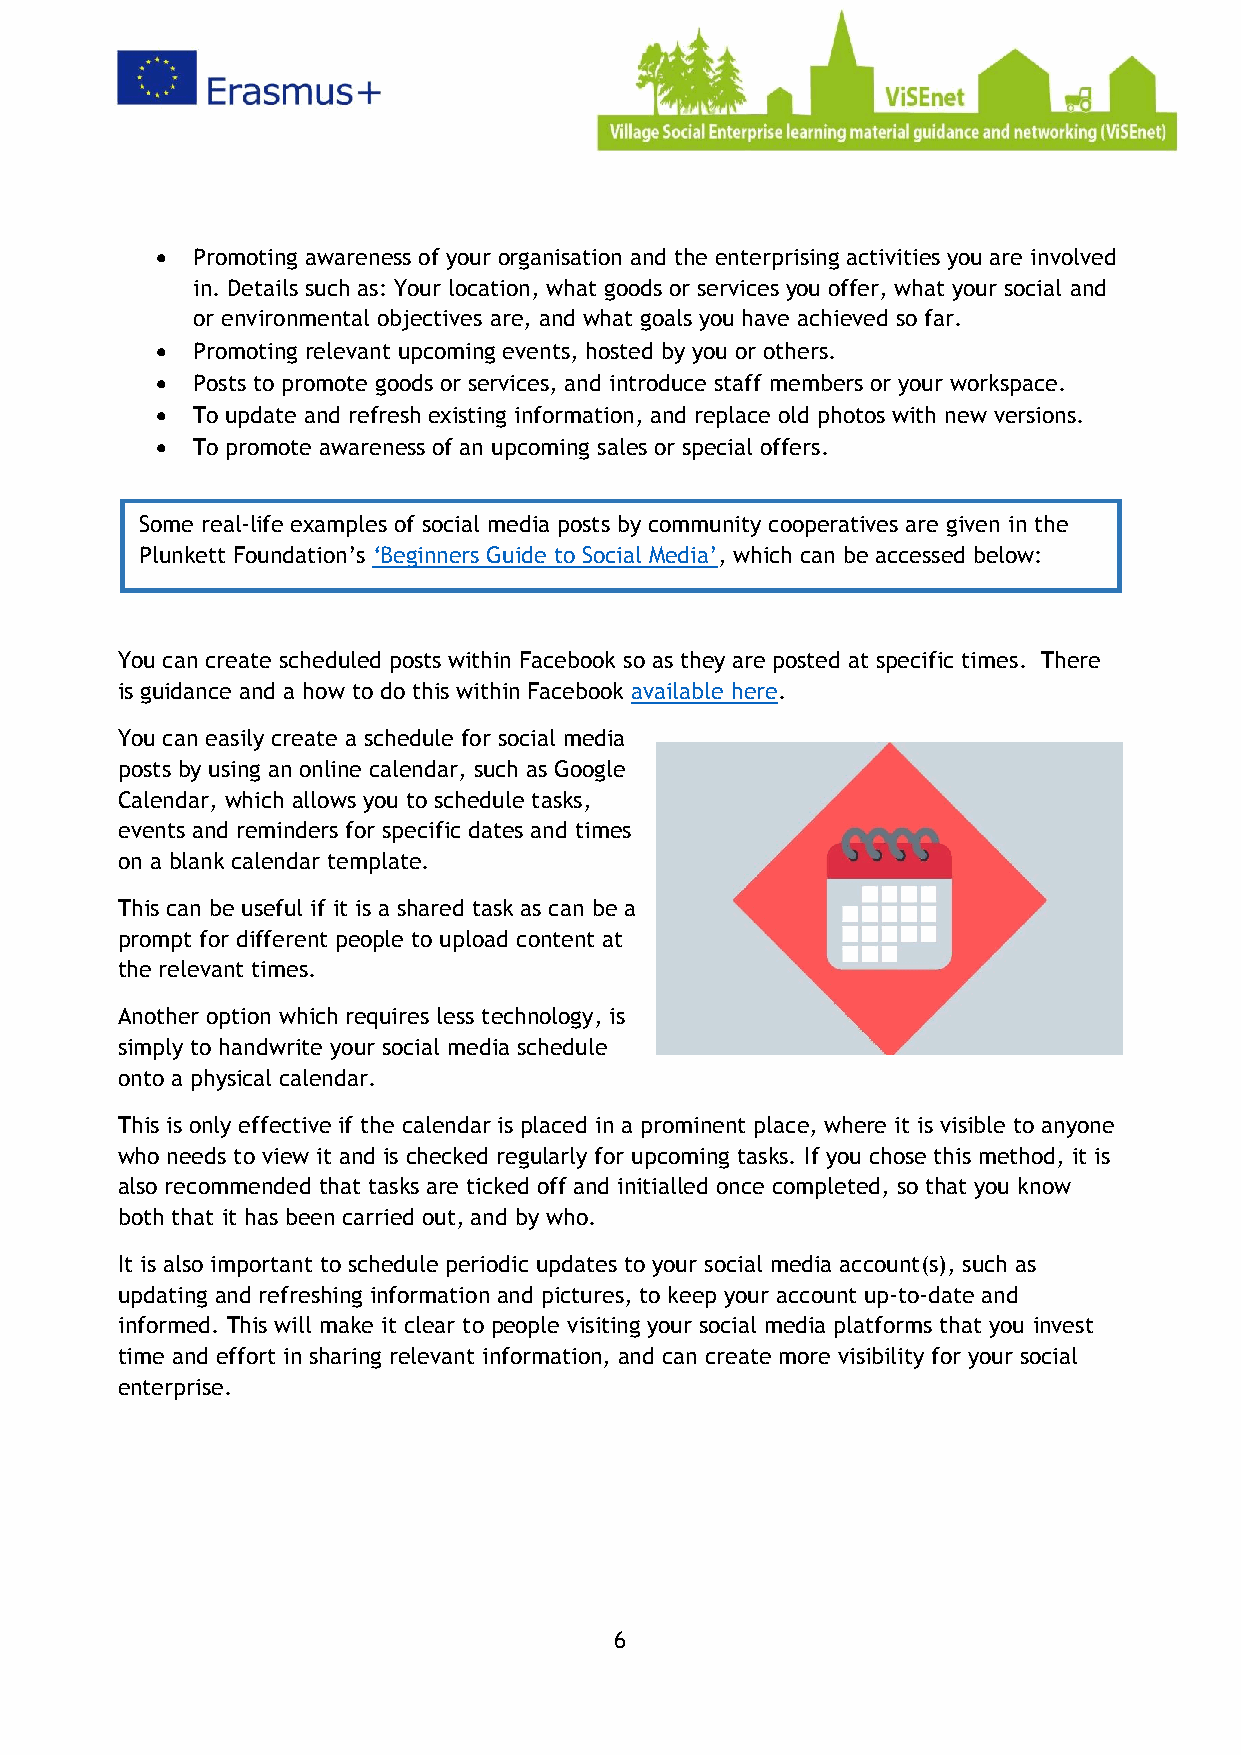
•  Promoting awareness of your organisation and the enterprising activities you are involved
 in. Details such as: Your location, what goods or services you offer, what your social and
 or environmental objectives are, and what goals you have achieved so far.
 •  Promoting relevant upcoming events, hosted by you or others.
 •  Posts to promote goods or services, and introduce staff members or your workspace.
 •  To update and refresh existing information, and replace old photos with new versions.
 •  To promote awareness of an upcoming sales or special offers.
 Some real-life examples of social media posts by community cooperatives are given in the
 Plunkett Foundation’s ‘Beginners Guide to Social Media’, which can be accessed below:
 You can create scheduled posts within Facebook so as they are posted at specific times. There
 is guidance and a how to do this within Facebook available here.
 You can easily create a schedule for social media
 posts by using an online calendar, such as Google
 Calendar, which allows you to schedule tasks,
 events and reminders for specific dates and times
 on a blank calendar template.
 This can be useful if it is a shared task as can be a
 prompt for different people to upload content at
 the relevant times.
 Another option which requires less technology, is
 simply to handwrite your social media schedule
 onto a physical calendar.
 This is only effective if the calendar is placed in a prominent place, where it is visible to anyone
 who needs to view it and is checked regularly for upcoming tasks. If you chose this method, it is
 also recommended that tasks are ticked off and initialled once completed, so that you know
 both that it has been carried out, and by who.
 It is also important to schedule periodic updates to your social media account(s), such as
 updating and refreshing information and pictures, to keep your account up-to-date and
 informed. This will make it clear to people visiting your social media platforms that you invest
 time and effort in sharing relevant information, and can create more visibility for your social
 enterprise.
 6